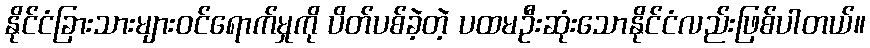
နိုင်ငံခြားသားများဝင်ရောက်မှုကို ပိတ်ပစ်ခဲ့တဲ့ ပထမဦးဆုံးသောနိုင်ငံလည်းဖြစ်ပါတယ်။